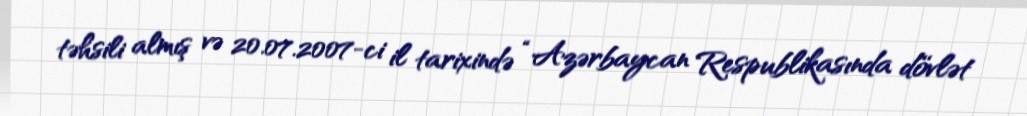
təhsili almış və 20.07.2007-ci il tarixində “Azərbaycan Respublikasında dövlət